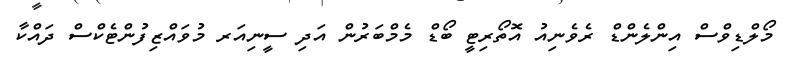
މޯލްޑިވްސް އިންލެންޑް ރެވެނިއު އޮތޯރިޓީ ބޯޑް މެމްބަރުން އަދި ސީނިއަރ މުވައްޒިފުންޓެކްސް ދައްކާ